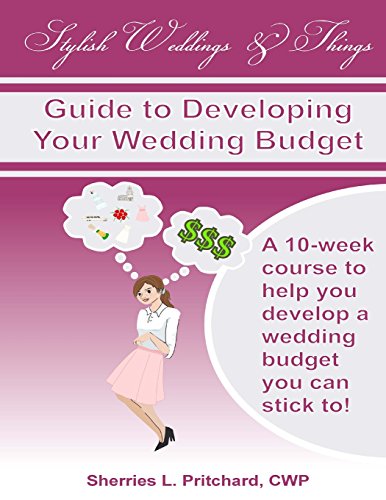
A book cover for Stylish Weddings & Things Guide to Developing Your Wedding Budget: 10-week course to help you develop a wedding budget you can stick to!; Sherries L. Pritchard; Crafts, Hobbies & Home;